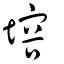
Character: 塎